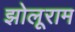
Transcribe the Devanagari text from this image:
झोलूराम